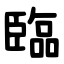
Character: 臨